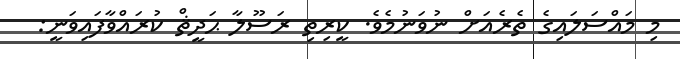
މި މައްސަލައިގެ ތެރެއަށް ނުވަނުމެވެ. ކީރިތި ރަސޫލާ ޙަދީޘް ކުރައްވާފައިވަނީ: